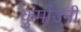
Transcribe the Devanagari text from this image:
कुमांउनी